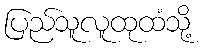
ပြည်သူလူထုထံသို့